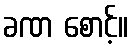
ခဏ စောင့်။